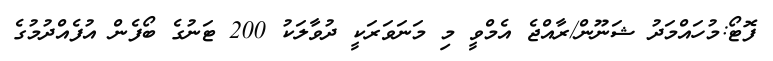
ފޮޓޯ:މުހައްމަދު ޝަނޫން/ރާއްޖެ އެމްވީ މި މަނަވަރަކީ ދުވާލަކު 200 ޓަނުގެ ބޯފެން އުފެއްދުމުގެ